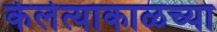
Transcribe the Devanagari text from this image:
केलेत्याकाळच्या